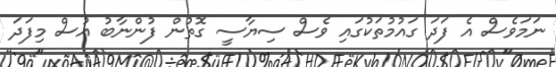
ނަމަވެސް އެ ފަދަ ގައުމުތަކުގައި ވެސް ސިޔާސީ ގޮތުން ފުންނާބު އުސް މިފަދަ